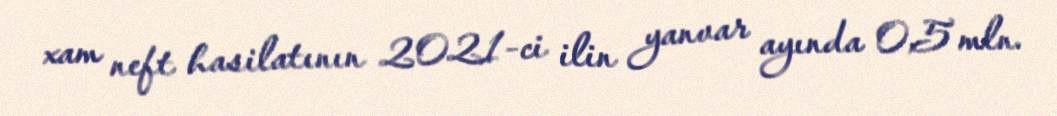
xam neft hasilatının 2021-ci ilin yanvar ayında 0,5 mln.